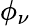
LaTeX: \phi_{\nu}